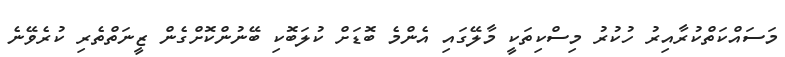
މަސައްކަތްކުރާއިރު ހުކުރު މިސްކިތަކީ މާލޭގައި އެންމެ ބޮޑަށް ކުލަބޮކި ބޭނުންކޮށްގެން ޒީނަތްތެރި ކުރެވޭނެ